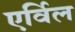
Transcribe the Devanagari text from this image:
एर्विल